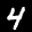
Label: 4